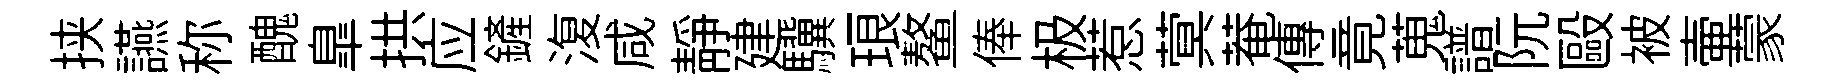
挟讌称醜臯拱应鏟𣸪咸静建驥琅鳌俸极惹蓂菴傳竟蒐譜阮毆被壷蒙